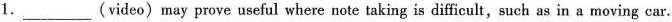
1.___ (video) may prove useful where note taking is difficult, such as in a moving car.